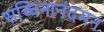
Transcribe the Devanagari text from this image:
सच्चिनानंदमन